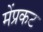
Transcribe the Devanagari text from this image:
मेंप्रकट